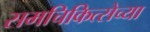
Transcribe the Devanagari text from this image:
समचिकित्सेच्या